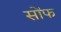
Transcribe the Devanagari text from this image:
सोंफ